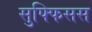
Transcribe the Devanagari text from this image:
सुफ्फिसस